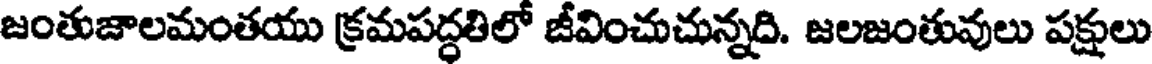
జంతుజాలమంతయు క్రమపద్ధతిలో జీవించుచున్నది. జలజంతువులు పక్షులు